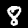
Digit: 8